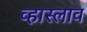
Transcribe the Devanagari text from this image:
व्हास्लाव